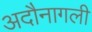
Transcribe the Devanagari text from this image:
अदौनागली